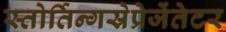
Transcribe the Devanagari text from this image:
स्तोर्तिन्गस्रेप्रेजेंतेटर